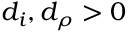
d _ { i } , d _ { \rho } > 0